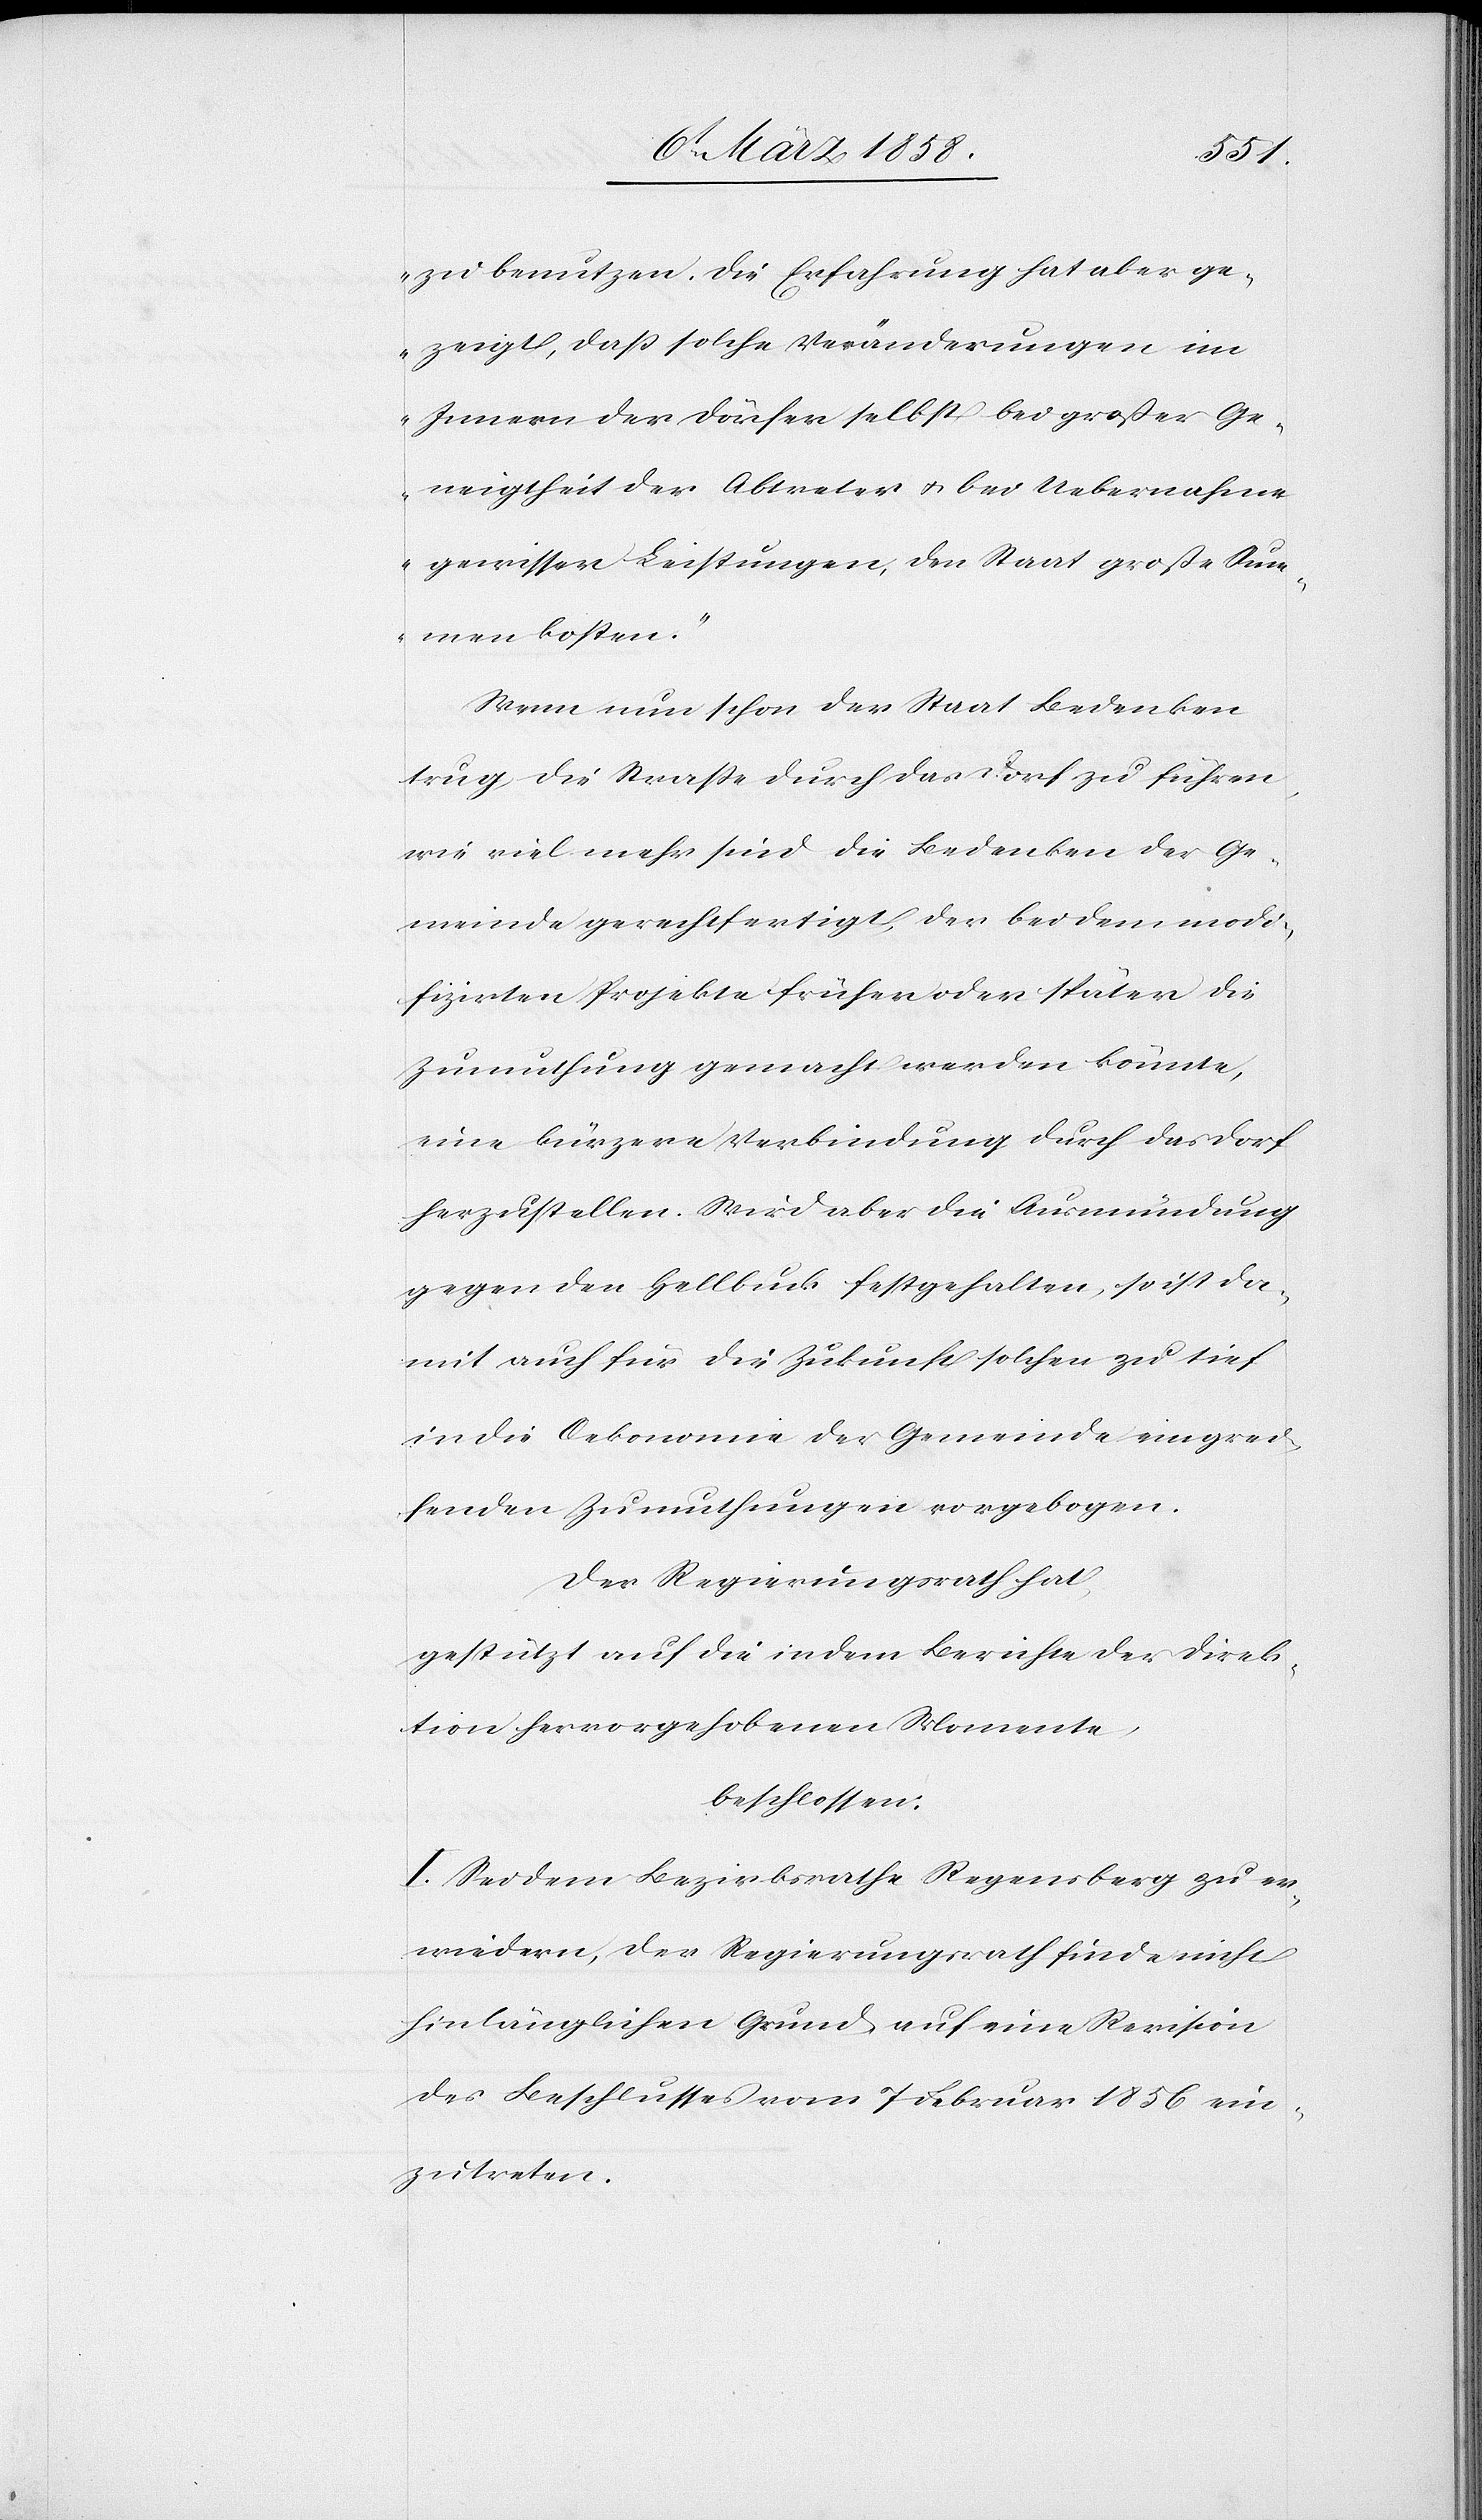
zu benutzen. Die Erfahrung hat aber ge¬
zeigt, daß solche Veränderungen im
Innern der Dörfer selbst bei großer Ge¬
neigtheit der Abtreter u. bei Uebernahme
gewisser Leistungen, den Staat große Sum¬
men kosten.“
Wenn nun schon der Staat Bedenken
trug, die Straße durch das Dorf zu führen,
wie viel mehr sind die Bedenken der Ge¬
meinde gerechtfertigt, der bei dem modi¬
fizirter Projekte früher oder später die
Zumuthung gemacht werden könnte,
eine kürzere Verbindung durch das Dorf
herzustellen. Wird aber die Ausmündung
gegen den Hellbuck festgehalten, so ist da¬
mit auch für die Zukunft solchen zu tief
in die Oekonomie der Gemeinde eingrei¬
fenden Zumuthungen vorgebogen.
Der Regierungsrath hat,
gestützt auf die in dem Berichte der Direk¬
tion der hervorgehobenen Momente,
beschlossen:
I. Sei dem Bezirksrathe Regensberg zu er¬
wiedern, der Regierungsrath finde nicht
hinlänglichen Grund auf eine Revision
des Beschlusses vom 7. Februar 1856 ein¬
zutreten.